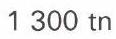
1 300 tn